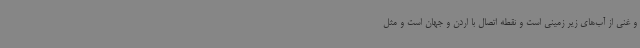
و غنی از آب‌های زیر زمینی است و نقطه اتصال با اردن و جهان است و مثل